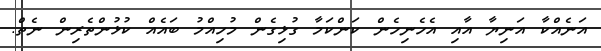
އަނެއްކާ އަނިޔާ އާއި އެހެނިހެން ކަންކަމާ ގުޅިގެން މުހިއްމު ބައެއް ކުޅުންތެރިން ނެތް.